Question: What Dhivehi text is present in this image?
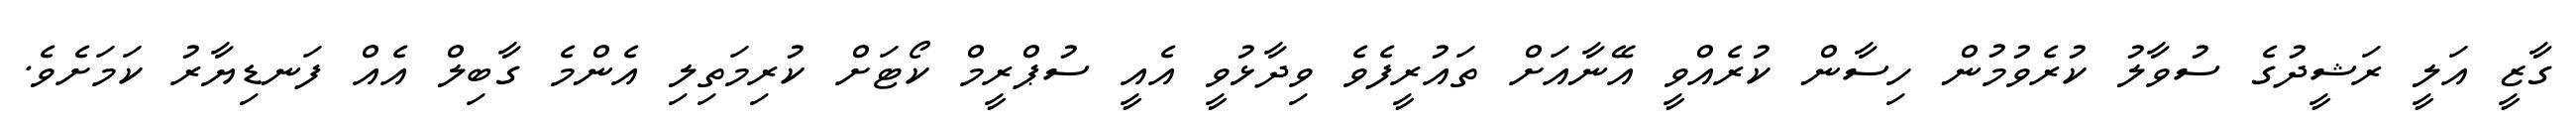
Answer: ގާޒީ އަލީ ރަޝީދުގެ ސުވާލު ކުރެވުމުން ހިސާން ކުރެއްވީ އޭނާއަށް ތައުރީފެވެ ވިދާޅުވީ އެއީ ސުޕްރީމް ކޯޓަށް ކުރިމަތިލި އެންމެ ގާބިލް އެއް ފަނޑިޔާރު ކަމަށެވެ.